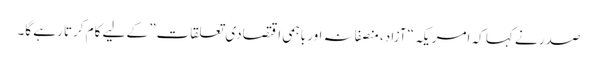
صدر نے کہا کہ امریکہ “آزاد، منصفانہ اور باہمی اقتصادی تعلقات” کے لیے کام کرتا رہے گا۔